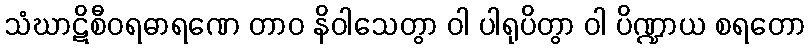
သံဃာဋိစီဝရဓာရဏေ တာဝ နိဝါသေတွာ ဝါ ပါရုပိတွာ ဝါ ပိဏ္ဍာယ စရတော